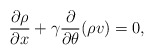
\begin{align*}\frac{\partial \rho }{\partial x}+\gamma \frac{\partial }{\partial\theta }(\rho v)=0,\end{align*}